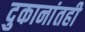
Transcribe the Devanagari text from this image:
दुकानांतही